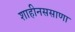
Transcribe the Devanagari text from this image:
शाहीनससाणा